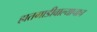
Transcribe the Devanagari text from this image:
हातगाडीवाल्याचाच